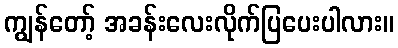
ကျွန်တော့် အခန်းလေးလိုက်ပြပေးပါလား။